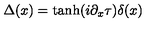
\Delta ( x ) = \tanh ( i \partial _ { x } \tau ) \delta ( x )